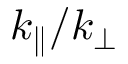
k _ { \parallel } / k _ { \perp }